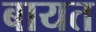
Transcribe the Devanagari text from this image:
बायत